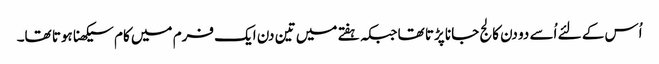
اُس کے لئے اُسے دو دن کالج جانا پڑتا تھا جبکہ ہفتے میں تین دن ایک فرم میں کام سیکھنا ہوتا تھا۔